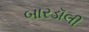
બારડૉલી